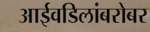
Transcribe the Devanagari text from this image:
आईवडिलांबरोबर